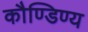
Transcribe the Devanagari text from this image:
कौण्डिण्य